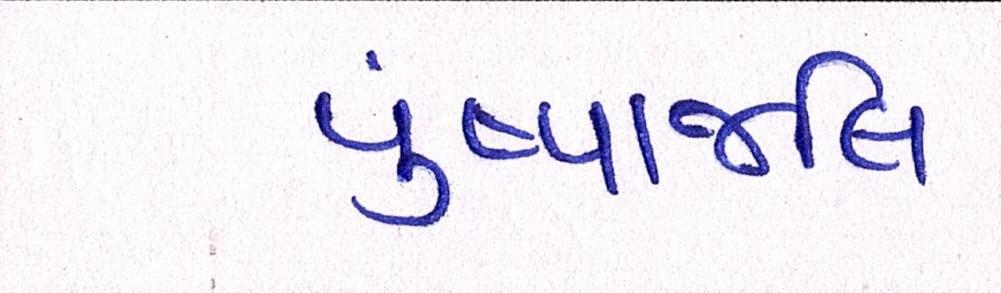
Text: પુંષ્પાજલિ